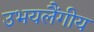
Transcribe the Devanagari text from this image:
उभयलैंगीय